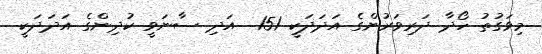
މިވަގުތު ހޯދާ ދަރިވަރުންގެ އަދަދަކީ 151  އަދި ސާނަވީ ކުދިންގެ އަދަދަކީ